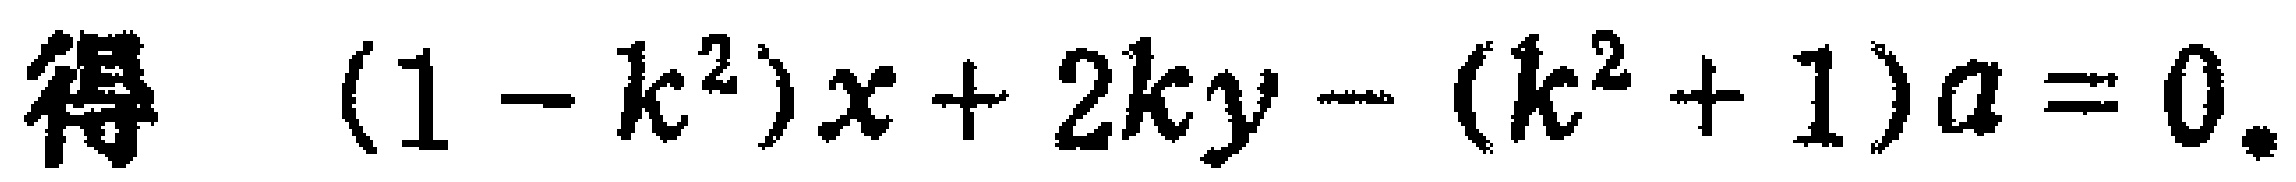
\((1 - k^{2})x + 2ky - (k^{2} + 1)a = 0\)